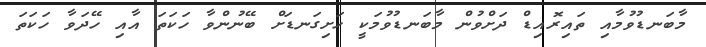
މާބަނޑުވުމާއި ތައިރޮއިޑް ދަށްވުން މާބަނޑުވުމަކީ ހަށިގަނޑަށް ބޭނުންވާ ހަކަތަ އާއި ހޭދަވާ ހަކަތަ